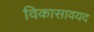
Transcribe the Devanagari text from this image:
विकासावयद